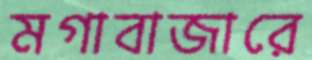
মগাবাজারে